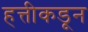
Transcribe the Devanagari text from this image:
हत्तीकडून